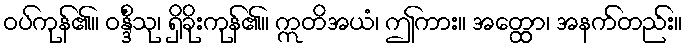
ဝပ်ကုန်၏။ ဝန္ဒိံသု၊ ရှိခိုးကုန်၏။ ဣတိအယံ၊ ဤကား။ အတ္ထော၊ အနက်တည်း။